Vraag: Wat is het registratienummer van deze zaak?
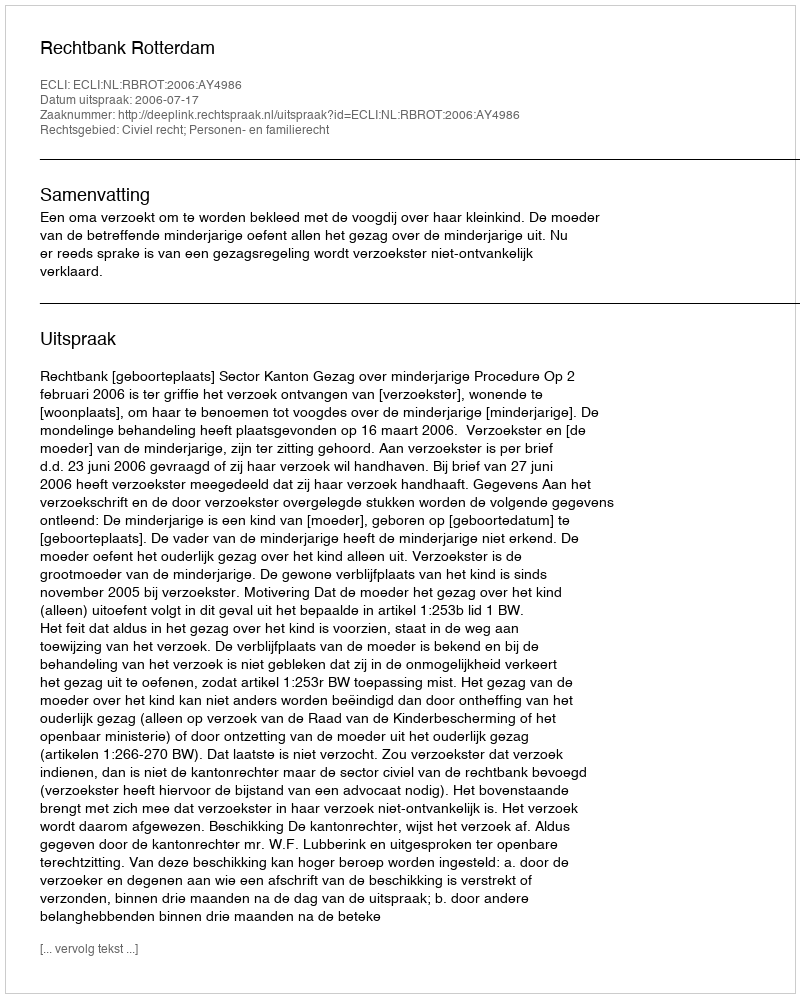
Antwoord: http://deeplink.rechtspraak.nl/uitspraak?id=ECLI:NL:RBROT:2006:AY4986